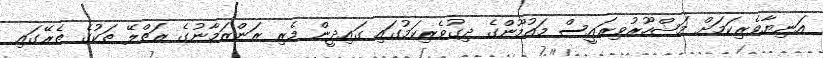
އަނިޔާވެރިކަމަށް މަޝްހޫރުވިރައީސް މައުމޫންގެ ދިގުވެރިކަމުގައި ގައިދީން މެރި ރަންޒަމާނުގެ ރަތްލޭ ތަކުގެ ތެރޭގައި